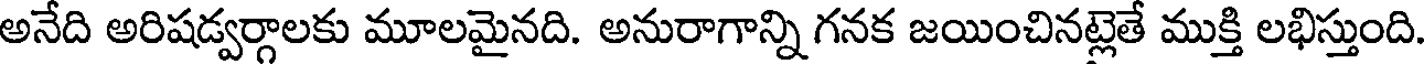
అనేది అరిషడ్వర్గాలకు మూలమైనది. అనురాగాన్ని గనక జయించినట్లెతే ముక్తి లభిస్తుంది